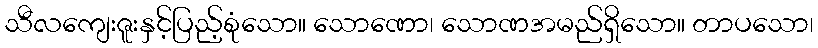
သီလကျေးဇူးနှင့်ပြည့်စုံသော။ သောဏော၊ သောဏအမည်ရှိသော။ တာပသော၊